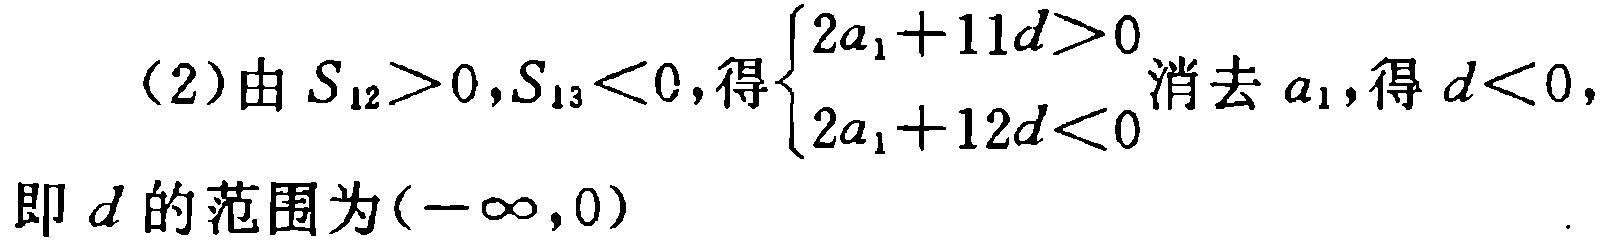
(2)由\(S_{12}>0,S_{13}<0\),得\(\begin{cases}2a_{1}+11d>0 \\ 2a_{1}+12d<0 \end{cases}\)消去\(a_{1}\),得\(d<0\),
即\(d\)的范围为\((-\infty,0)\)